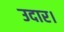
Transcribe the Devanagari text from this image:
उदार।